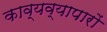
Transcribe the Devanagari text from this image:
काव्यव्यापारों